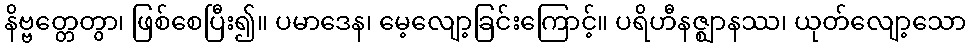
နိဗ္ဗတ္တေတွာ၊ ဖြစ်စေပြီး၍။ ပမာဒေန၊ မေ့လျော့ခြင်းကြောင့်။ ပရိဟီနဇ္ဈာနဿ၊ ယုတ်လျော့သော